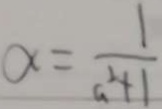
\alpha = \frac { 1 } { G ^ { 2 } + 1 }